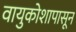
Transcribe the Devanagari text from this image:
वायुकोशापासून